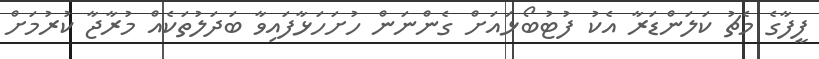
ފީފާގެ މެޗު ކަލަންޑަރާ އެކު ފުޓުބޯޅައަށް ގެންނަން ހުށަހަޅާފައިވާ ބަދަލުތަކެއް މުރާޖާ ކުރުމަށް